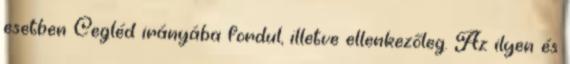
esetben Cegléd irányába fordul, illetve ellenkezőleg. Az ilyen és